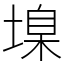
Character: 㙞